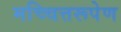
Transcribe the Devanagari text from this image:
मच्चित्तरूपेण